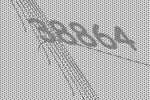
38864